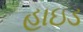
હાઇડ